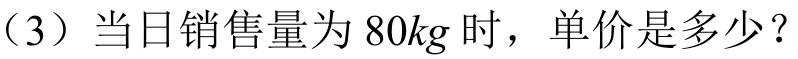
（3）当日销售量为 \(80kg\) 时，单价是多少？